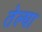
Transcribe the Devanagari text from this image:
तेल्घा